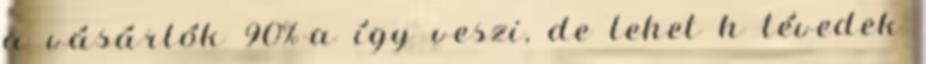
a vásárlók 90%-a így veszi, de lehet h tévedek